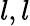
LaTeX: l,l